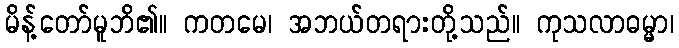
မိန့်တော်မူဘိ၏။ ကတမေ၊ အဘယ်တရားတို့သည်။ ကုသလာဓမ္မာ၊